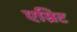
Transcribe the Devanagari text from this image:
एम्रिट